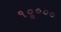
૧૦ૢ૦૦૦